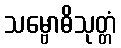
သမ္ဗောဓိသုတ္တံ